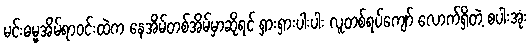
မင်းဓမ္မအိမ်ရာဝင်းထဲက နေအိမ်တစ်အိမ်မှာဆိုရင် ရှားရှားပါးပါး လူတစ်ရပ်ကျော် လောက်ရှိတဲ့ စပါးအုံး